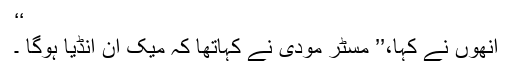
‘‘
انھوں نے کہا،’’ مسٹر مودی نے کہاتھا کہ میک ان انڈیا ہوگا ۔